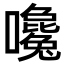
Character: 嚵